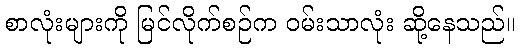
စာလုံးများကို မြင်လိုက်စဉ်က ဝမ်းသာလုံး ဆို့နေသည်။